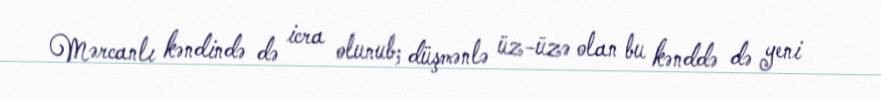
Mərcanlı kəndində də icra olunub; düşmənlə üz-üzə olan bu kənddə də yeni